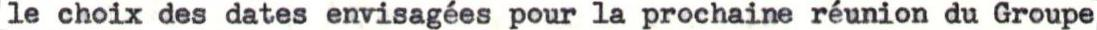
le choix des dates envisagées pour la prochaine réunion du Groupe